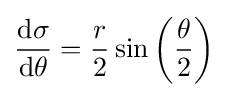
{\frac {\mathrm {d} \sigma }{\mathrm {d} \theta }}={\frac {r}{2}}\sin \left({\frac {\theta }{2}}\right)